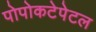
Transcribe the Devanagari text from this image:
पोपोकटेपेटल